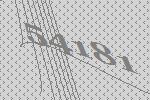
54181